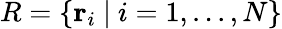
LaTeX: R=\{ \mathbf r_{i}\ |\ i=1,...,N\}